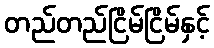
တည်တည်ငြိမ်ငြိမ်နှင့်